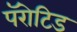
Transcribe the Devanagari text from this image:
पॅरोटिड